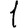
Digit: 1